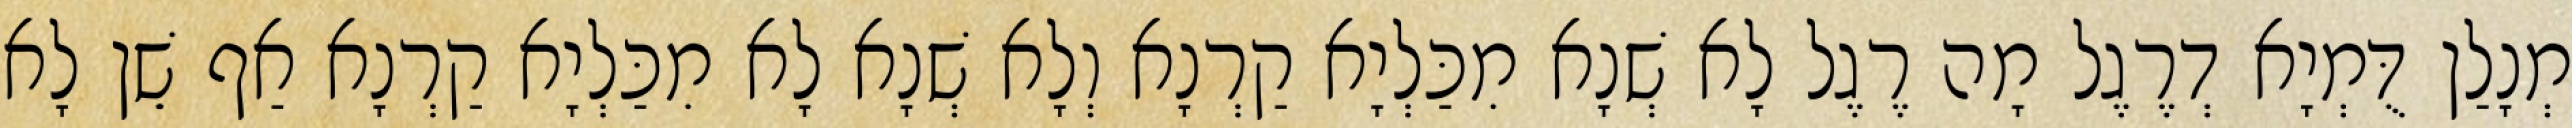
מְנָלַן דֻּמְיָא דְרֶגֶל מָה רֶגֶל לָא שְׁנָא מִכַּלְיָא קַרְנָא וְלָא שְׁנָא לָא מִכַּלְיָא קַרְנָא אַף שֵׁן לָא